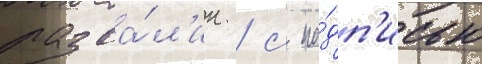
разва́л'ин / с на́дп'исью